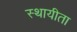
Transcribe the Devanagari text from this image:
स्थायीता